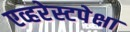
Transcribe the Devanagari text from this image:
एव्हरेस्टपेक्षा